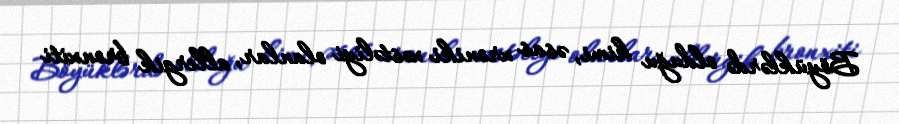
Böyüklərdə olduğu kimi, əsas xroniki xəstəliyi olanlar, allergik bronxiti